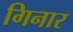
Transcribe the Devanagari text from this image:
गिनार